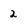
Character: 2